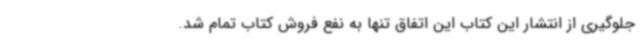
جلوگیری از انتشار این کتاب این اتفاق تنها به نفع فروش کتاب تمام شد.